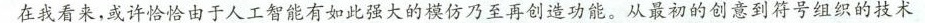
在我看来，或许恰恰由于人工智能有如此强大的模仿乃至再创造功能。从最初的到将号组织的技术